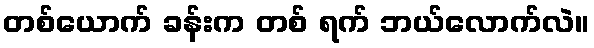
တစ်ယောက် ခန်းက တစ် ရက် ဘယ်လောက်လဲ။